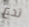
تدع